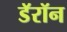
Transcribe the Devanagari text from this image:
डॅरॉन